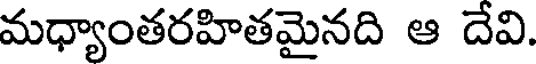
మధ్యాంతరహితమైనది ఆ దేవి.